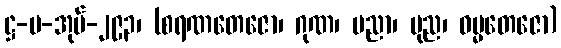
ဋ္ဌ-ပ-အုပ်-၂၉၃၊ (စရဏတေဇော၊ ဂုဏ၊ ပညာ၊ ပုည၊ ဓမ္မတေဇော)